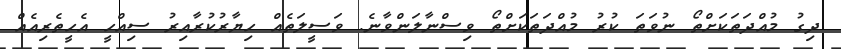
ދިގު މުއްދަތަކަށްތޯ ނުވަތަ ކުރު މުއްދަތަކަށްތޯ ވިސްނާލަންވާނެ. ވަސީލަތެއް ހިޔާރުކުރާއިރު ސިއްހީ އެހީތެރިއެއް